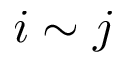
i \sim j